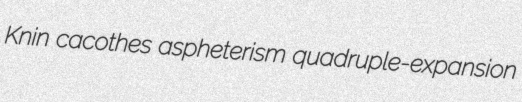
Knin cacothes aspheterism quadruple-expansion